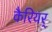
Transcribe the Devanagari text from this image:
कैरियर्